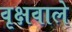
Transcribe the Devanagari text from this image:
वृक्षवाले